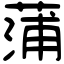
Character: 蒲